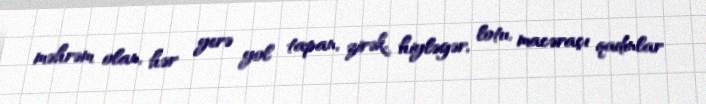
məhrəm olan, hər yerə yol tapan, zirək, hiyləgər, lotu, macəraçı qadınlar